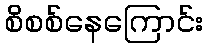
စိစစ်နေကြောင်း